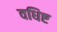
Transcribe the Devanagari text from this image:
वधिष्ट